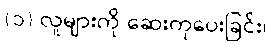
(၁) လူများကို ဆေးကုပေးခြင်း၊